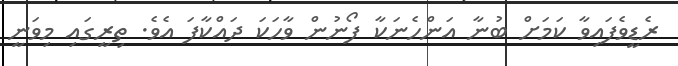
ރެޑީވެފައިވާ ކަމަށް ބުނާ އަންހެނަކާ ފޯނުން ވާހަކަ ދައްކާފަ އެވެ. ތިރީގައި މިވަނީ